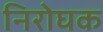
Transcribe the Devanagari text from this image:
निरोघक